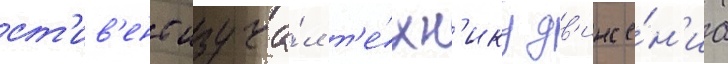
ст'ив'енс изуча́л т'е́хн'ику дв'иже́н'иа